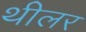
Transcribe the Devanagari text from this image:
थीलर